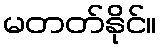
မတတ်နိုင်။